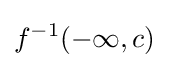
f^{-1}(-\infty ,c)